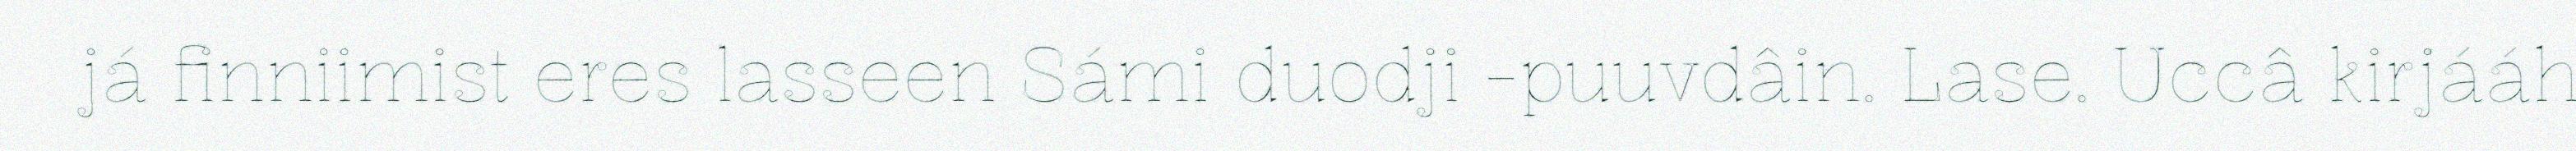
já finniimist eres lasseen Sámi duodji -puuvdâin. Lase. Uccâ kirjááh